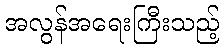
အလွန်အရေးကြီးသည့်